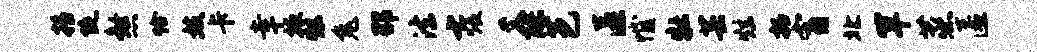
摇陡煞恰妓卡幸掖炫兔邵法七煨爻醪芭匿憾牡芸炫拓宵北罕蒸匿